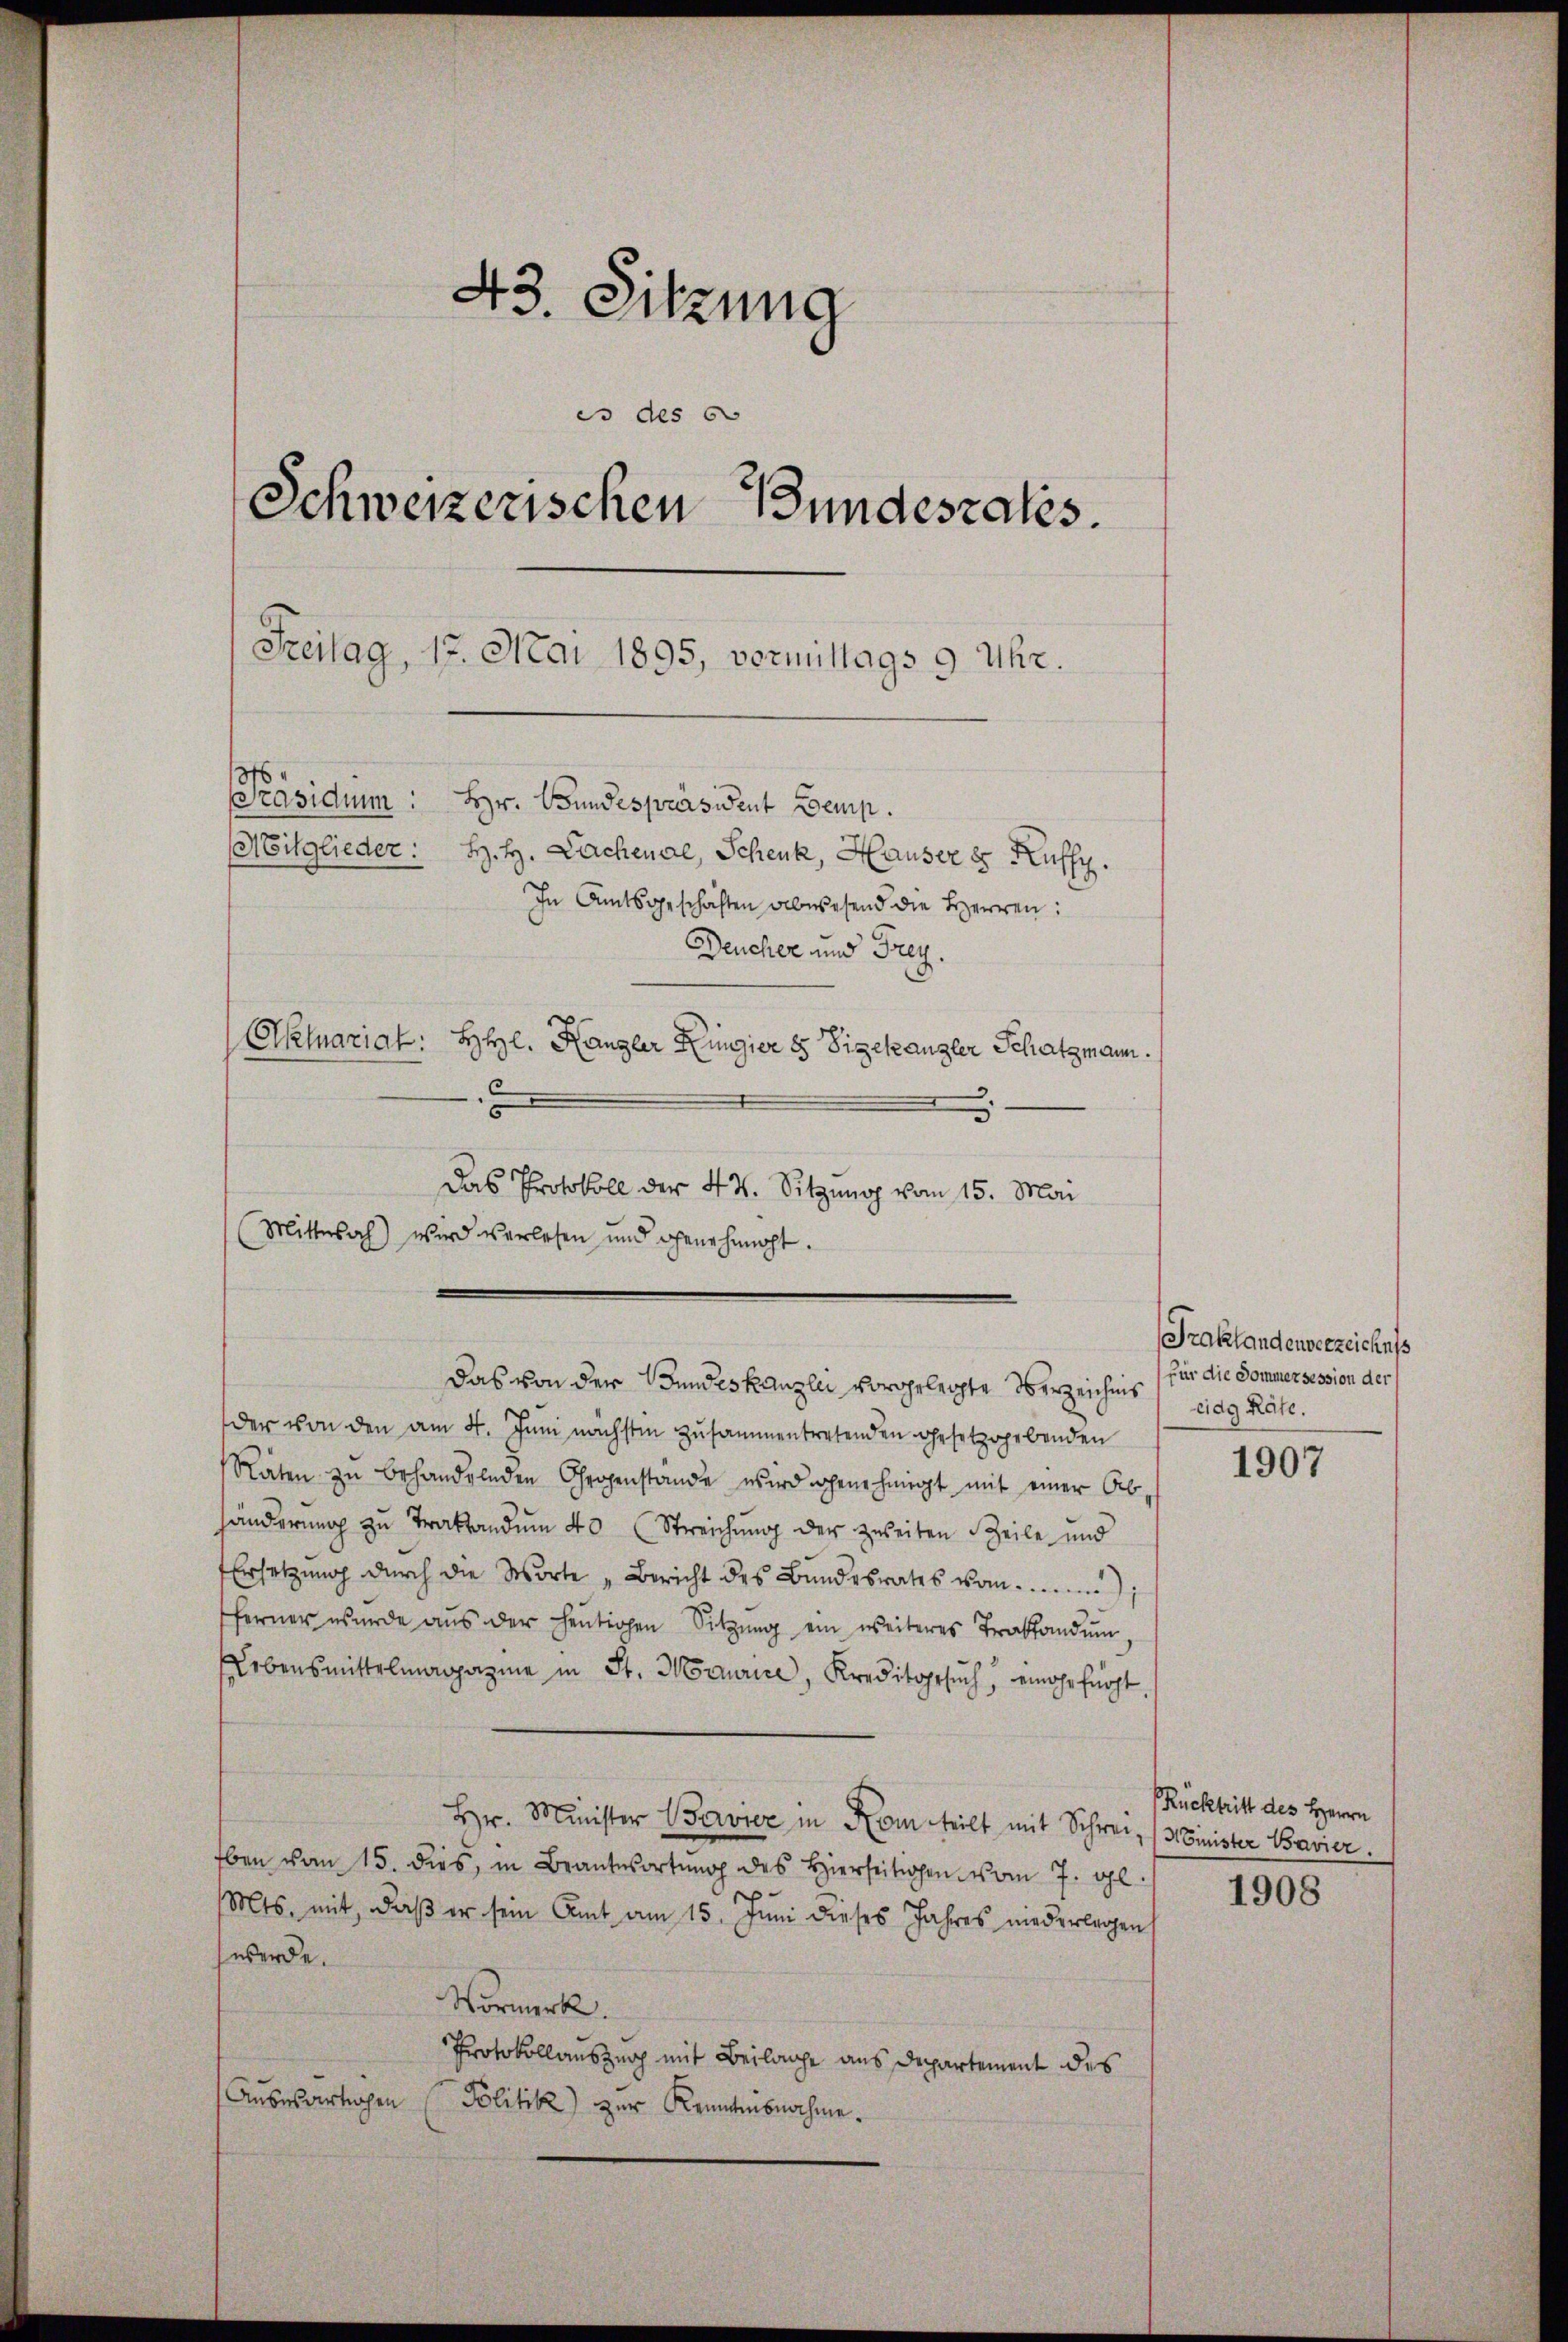
43. Sitzung
es des 60
Schweizerischen Bundesrates.
Freitag, 17. Mai 1895, vormittags 9 Uhr.
376
PPräsidium: Hr. Bundespräsident Demp.
Mitglieder: H. H. Lachenal, Schenk, Hauser 8 Kuffy.
In Amtsgeschäften abwesend die Herren:
Deucher und Frey.
Aktuariat: HHl. Kanzler Ringier es Sigekanzler Schatzmann.
c
5

Das Protokoll der 4 t. Sitzung vom 15. Mai
Mittesach) wird verlesen und genehmigt.

Das von der Bundeskanzlei vorgelegte Verzeichnis tag Räte.

der von den am 4. Juni nächsten zusammentretenden gesetzgebenden
Räten zŭ behandelnden Chrogenstande wird genehmigt mit einer Ab-
händerung zu Traktandum 40 (Streichung der zweiten Teile und
Ersetzŭng dŭrch die Worte „Bericht des Bŭndesrates vom 1
ferner wurde aŭs der heŭtigen Sitzŭng ein weiteres Traktandum
ebensmittelmagazine in St. Maurice, Kreditgesŭch, eingefürst.
Hr. Minister Servier in Kom teilt mit Schwer, (Minister Bavier.
Eben vom 15. dies, in Beantwortung des Hierseitigen vom 7. gl.
Mts. mit, daβ er sein Amt am 15. Juni dieses Jahres niederlagen
werde.
Vormerk.
Protokollauszug mit Beilage aus Departement des
Aŭsesartigen Politik zur Kenntnisnahme.

Traktandenverzeiches
für die Sommer session der

1907

Rücktritt des Herrn

1908